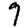
Digit: 7